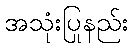
အသုံးပြုနည်း